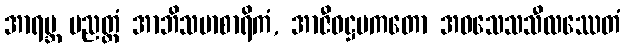
အာရဗ္ဘ ပညတ္တံ အာဘိသမာစာရိကံ, အာဇီဝဋ္ဌမကတော အဝသေသသီလဿေတံ